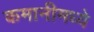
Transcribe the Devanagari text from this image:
कमानीमध्ये